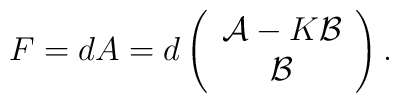
F = dA = d \left( \begin{array}{c}  {\cal A} - K{\cal B} \\  {\cal B}  \end{array} \right).